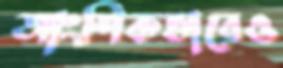
আংশিকভাবেও